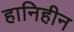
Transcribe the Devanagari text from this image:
हानिहीन